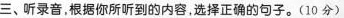
三、听录音,根据你所听到的内容,选择正确的句子.(10 分)